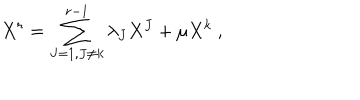
X ^ { r } = \sum _ { J = 1 , J \not = k } ^ { r - 1 } \lambda _ { J } X ^ { J } + \mu X ^ { k } \ ,